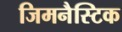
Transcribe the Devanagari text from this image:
जिमनैस्टिक